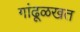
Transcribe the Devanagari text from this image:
गांढूळखत